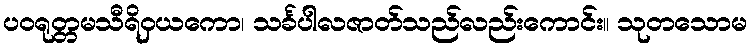
ပဝရုတ္တမသီရိဝှယကော၊ သင်္ခပါလဇာတ်သည်လည်းကောင်း။ သုတသောမ